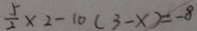
\frac { 5 } { 2 } \times 2 - 1 0 ( 3 - x ) = - 8